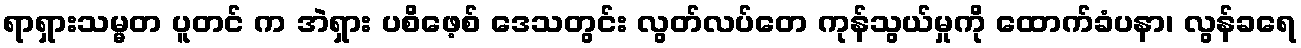
ရာရှားသမ္မတ ပူတင် က အဲရှား ပစိဖေ့စ် ဒေသတွင်း လွတ်လပ်တေ ကုန်သွယ်မှုကို ထောက်ခံပနာ၊ လွန်ခရေ